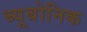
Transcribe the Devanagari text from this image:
ब्यूबोनिक